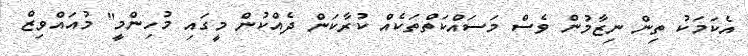
އެކަމަކު ތިން ނިޒާމުން ވެސް މަސައްކަތްތަކެއް ކުރާކަން ދެއްކުން މީގައި މުހިންމީ" މުއައްވިޒް